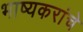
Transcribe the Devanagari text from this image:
भाष्यकरांचे